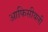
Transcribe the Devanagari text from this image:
आफिसीयली